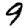
Digit: 9